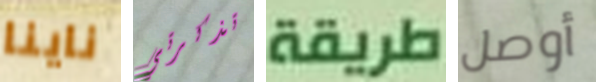
ناينا تذكرتي طريقة أوصل